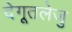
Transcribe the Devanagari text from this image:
देगूतलेजु